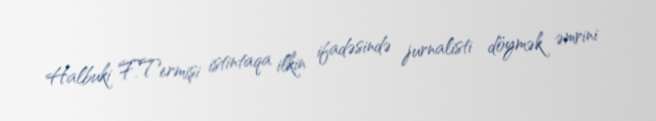
Halbuki F.Termişi istintaqa ilkin ifadəsində jurnalisti döymək əmrini